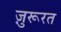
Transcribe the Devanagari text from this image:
ज़ुरूरत